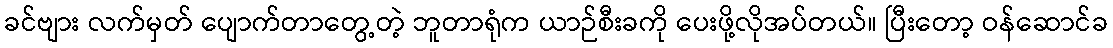
ခင်ဗျား လက်မှတ် ပျောက်တာတွေ့တဲ့ ဘူတာရုံက ယာဉ်စီးခကို ပေးဖို့လိုအပ်တယ်။ ပြီးတော့ ဝန်ဆောင်ခ